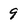
Character: 9